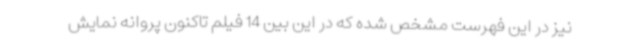
نیز در این فهرست مشخص شده که در این بین 14 فیلم تاکنون پروانه نمایش